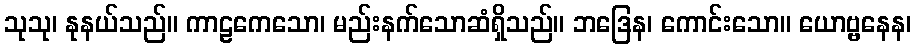
သုသု၊ နုနယ်သည်။ ကာဠကေသော၊ မည်းနက်သောဆံရှိသည်။ ဘဒြေန၊ ကောင်းသော။ ယောဗ္ဗနေန၊